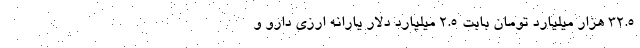
۳۲.۵ هزار میلیارد تومان بابت ۲.۵ میلیارد دلار یارانه ارزی دارو و